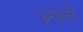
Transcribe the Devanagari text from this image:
उगाती